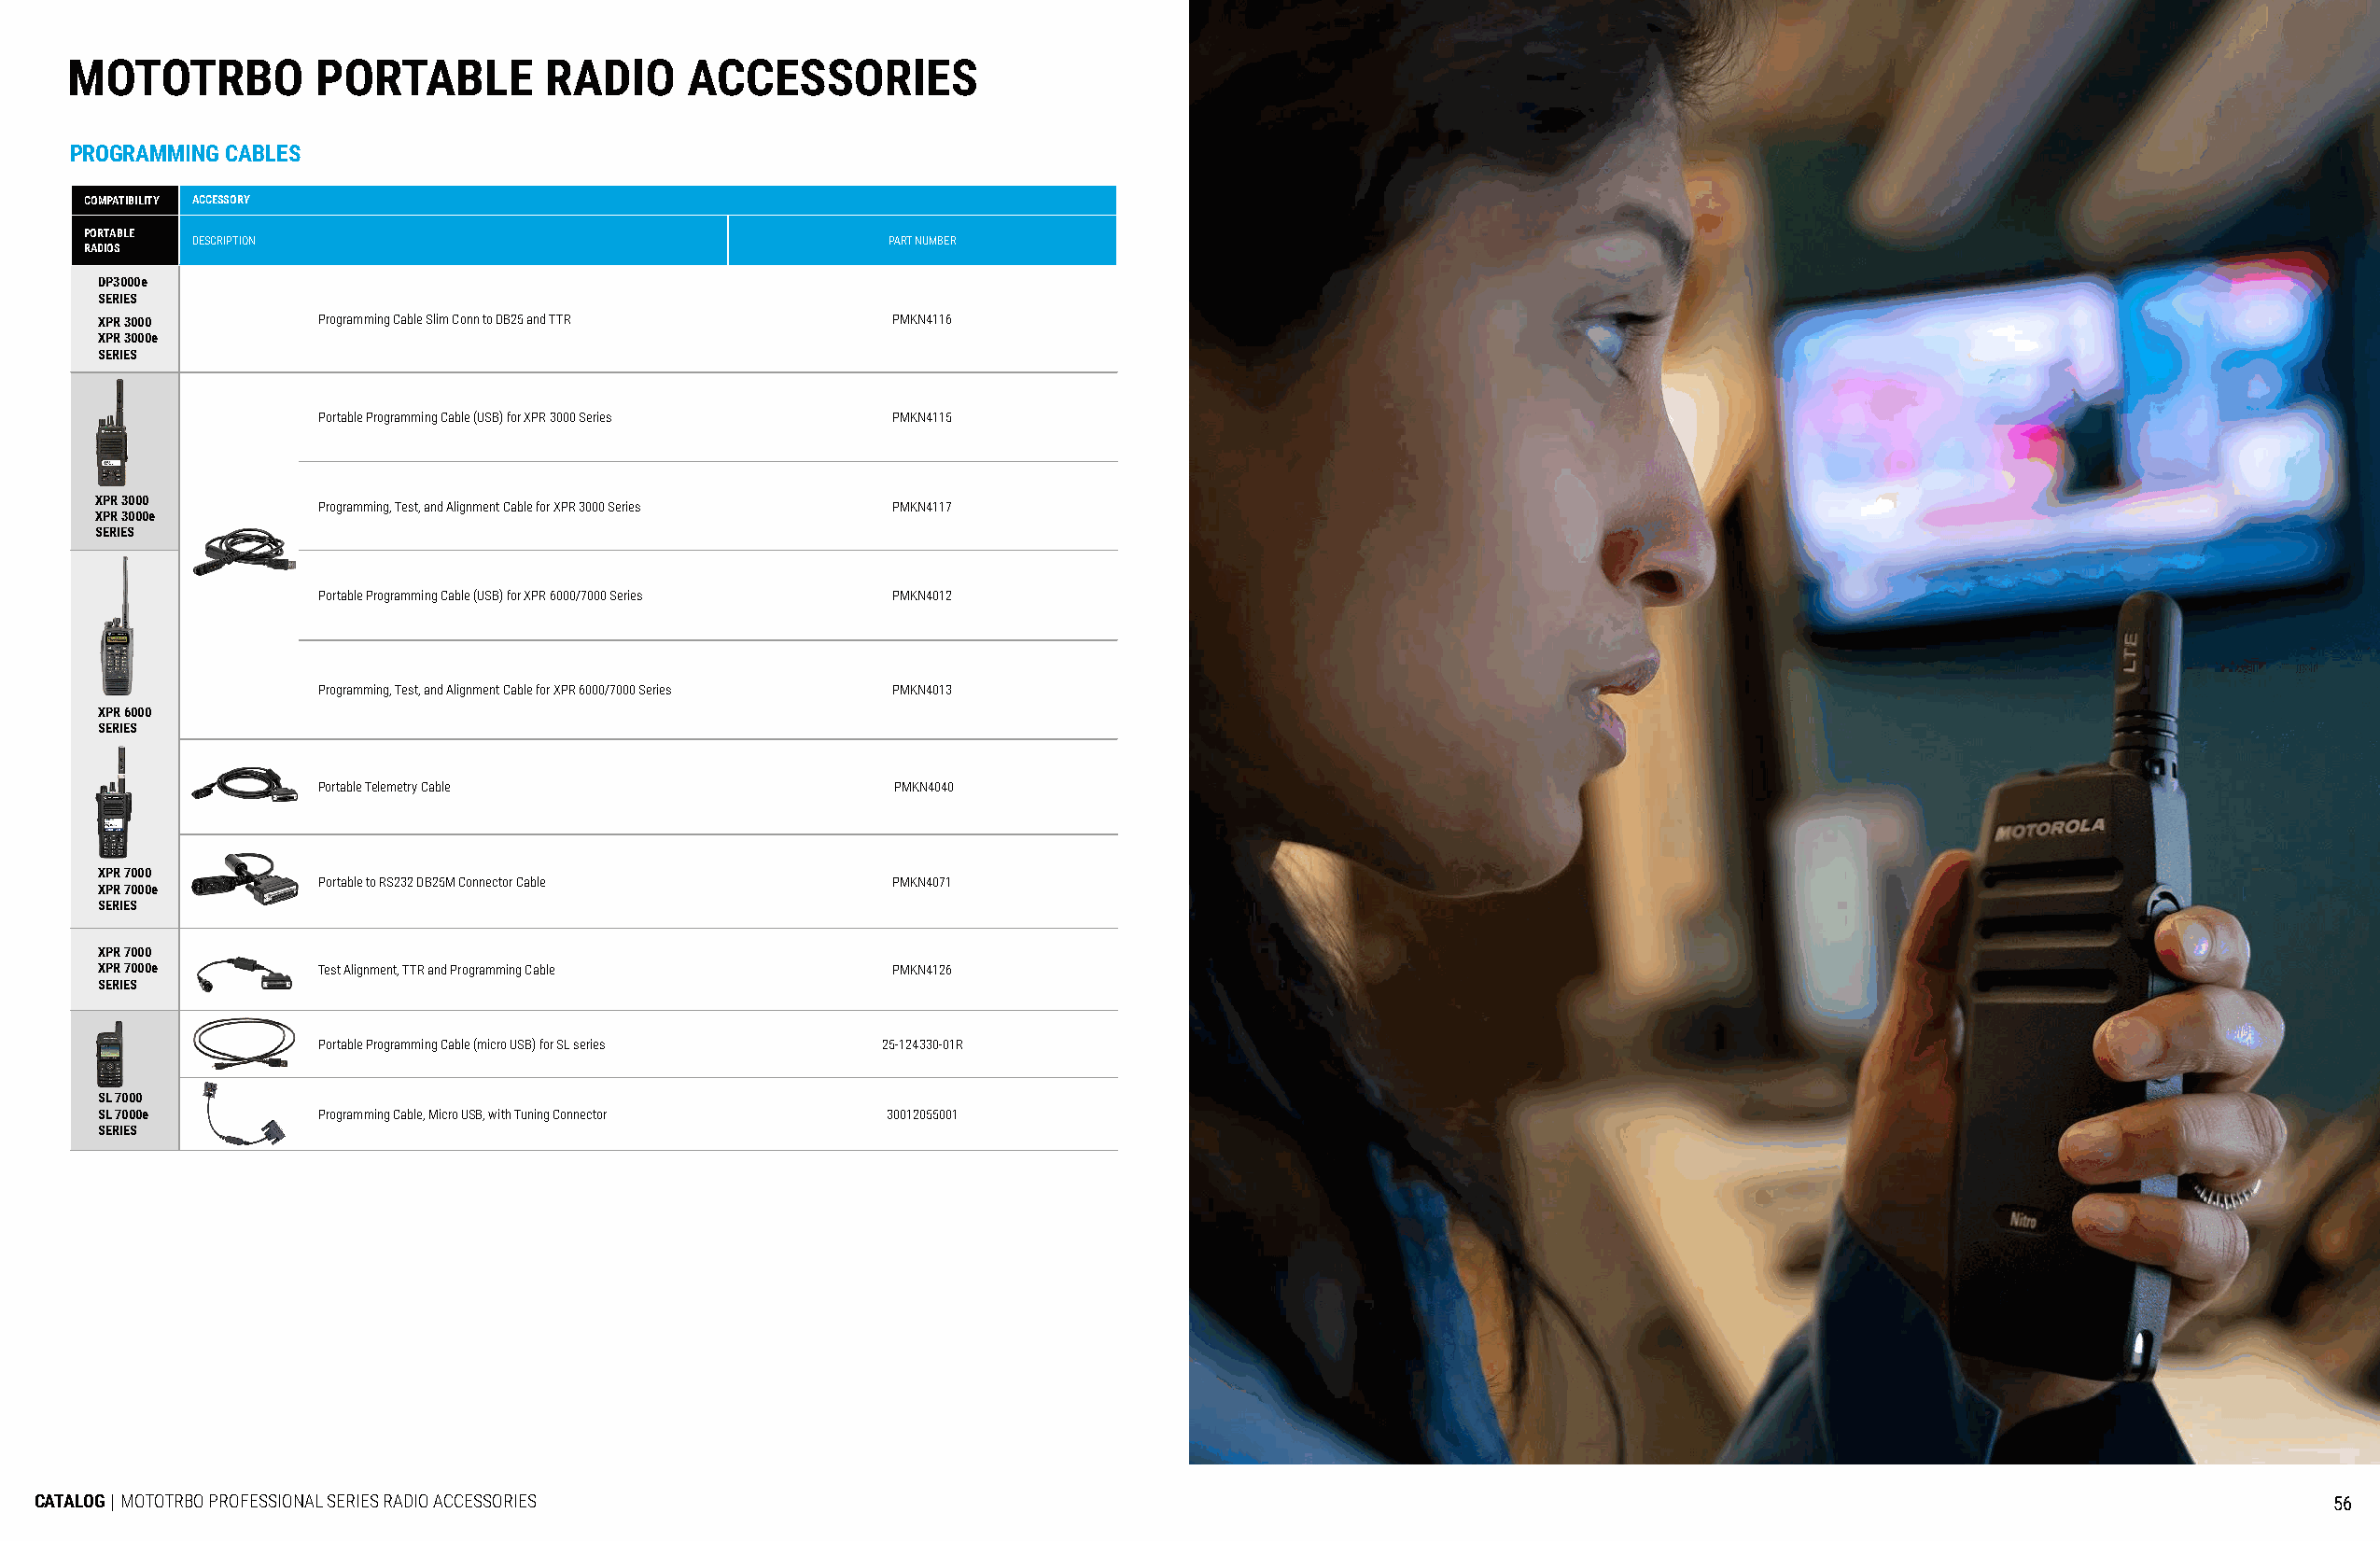
MOTOTRBO         PORTABLE         RADIO     ACCESSORIES
 PROGRAMMING CABLES
 COMPATIBILITY ACCESSORY
 PORTABLE
 DESCRIPTION                                      PART NUMBER
 RADIOS
 DP3000e
 SERIES
 XPR 3000        Programming Cable Slim Conn to DB25 and TTR PMKN4116
 XPR 3000e
 SERIES
 Portable Programming Cable (USB) for XPR 3000 Series PMKN4115
 XPR 3000
 Programming, Test, and Alignment Cable for XPR 3000 Series PMKN4117
 XPR 3000e
 SERIES
 Portable Programming Cable (USB) for XPR 6000/7000 Series PMKN4012
 Programming, Test, and Alignment Cable for XPR 6000/7000 Series PMKN4013
 XPR 6000
 SERIES
 Portable Telemetry Cable                PMKN4040
 XPR 7000
 Portable to RS232 DB25M Connector Cable PMKN4071
 XPR 7000e
 SERIES
 XPR 7000
 XPR 7000e       Test Alignment, TTR and Programming Cable PMKN4126
 SERIES
 Portable Programming Cable (micro USB) for SL series 25-124330-01R
 SL 7000
 SL 7000e        Programming Cable, Micro USB, with Tuning Connector 30012055001
 SERIES
 CATALOG | MOTOTRBO PROFESSIONAL SERIES RADIO ACCESSORIES                                                                                                            56